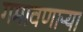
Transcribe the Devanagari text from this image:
गमावणाऱ्या